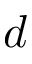
d